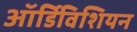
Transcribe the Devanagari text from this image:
ऑर्डिविशियन